Annual report on the mental hospital in the Central Provinces and Berar (Nagpur) - 1927-1951
Year: 1927
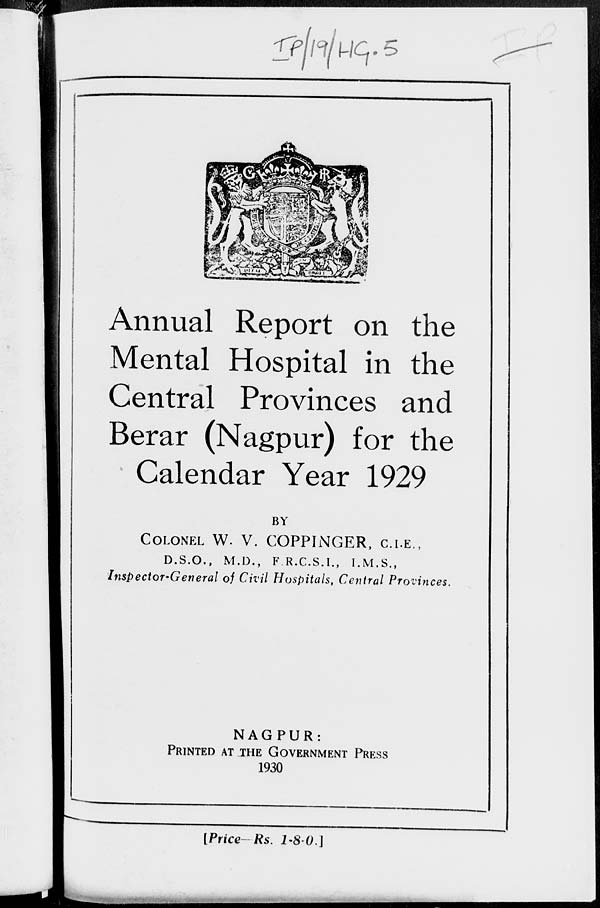
Annual Report on the
Mental Hospital in the
Central Provinces and
Berar (Nagpur) for the
Calendar Year 1929
BY
COLONEL W. V. COPPINGER, C.I.E.,
D.S.O., M.D., F.R.C.S.I., I.M.S.,
Inspector-General of Civil Hospitals, Central Provinces.
NAGPUR:
PRINTED AT THE GOVERNMENT PRESS
1930
[Price— Rs. 1-8-0.]